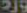
ورد